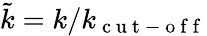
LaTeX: \tilde{k}=k/k_{\mathrm{~c~u~t~-~o~f~f~}}